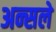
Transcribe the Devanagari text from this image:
अन्सले